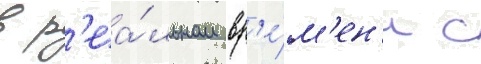
в р'еа́льном вр'е́м'ен'и с